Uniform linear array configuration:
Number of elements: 24
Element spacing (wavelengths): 0.25
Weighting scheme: kaiser
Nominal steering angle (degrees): -30
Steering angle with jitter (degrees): -31.064
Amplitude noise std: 0.05
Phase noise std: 0.05

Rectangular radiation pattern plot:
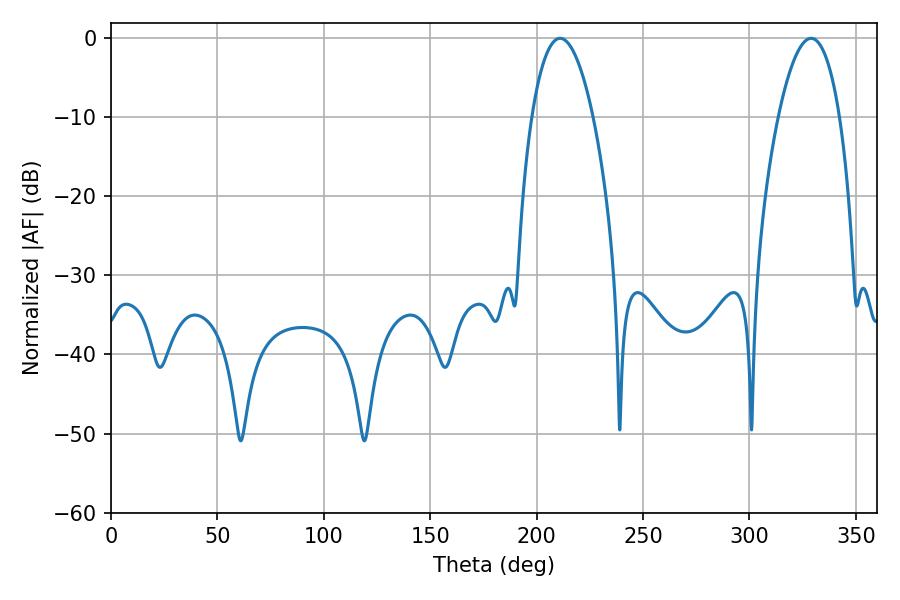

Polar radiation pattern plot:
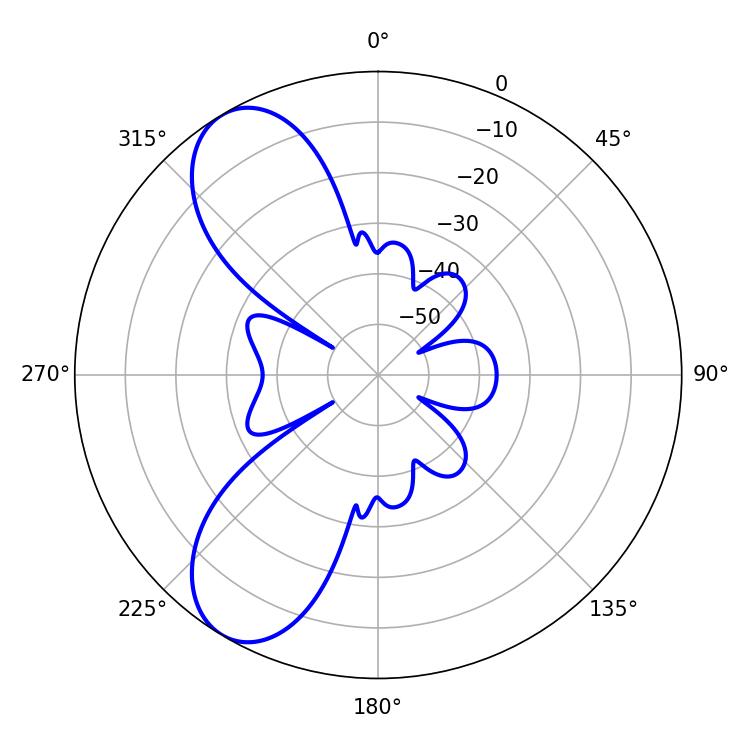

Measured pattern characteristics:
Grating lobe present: FALSE
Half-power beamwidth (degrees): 16.02
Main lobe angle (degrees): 210.96